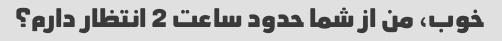
خوب، من از شما حدود ساعت 2 انتظار دارم؟